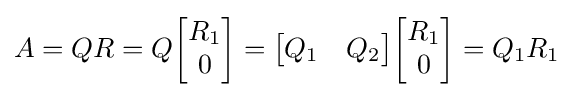
A=QR=Q{\begin{bmatrix}R_{1}\\0\end{bmatrix}}={\begin{bmatrix}Q_{1}&Q_{2}\end{bmatrix}}{\begin{bmatrix}R_{1}\\0\end{bmatrix}}=Q_{1}R_{1}